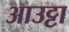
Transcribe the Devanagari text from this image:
आउट्टा